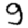
Digit: 9